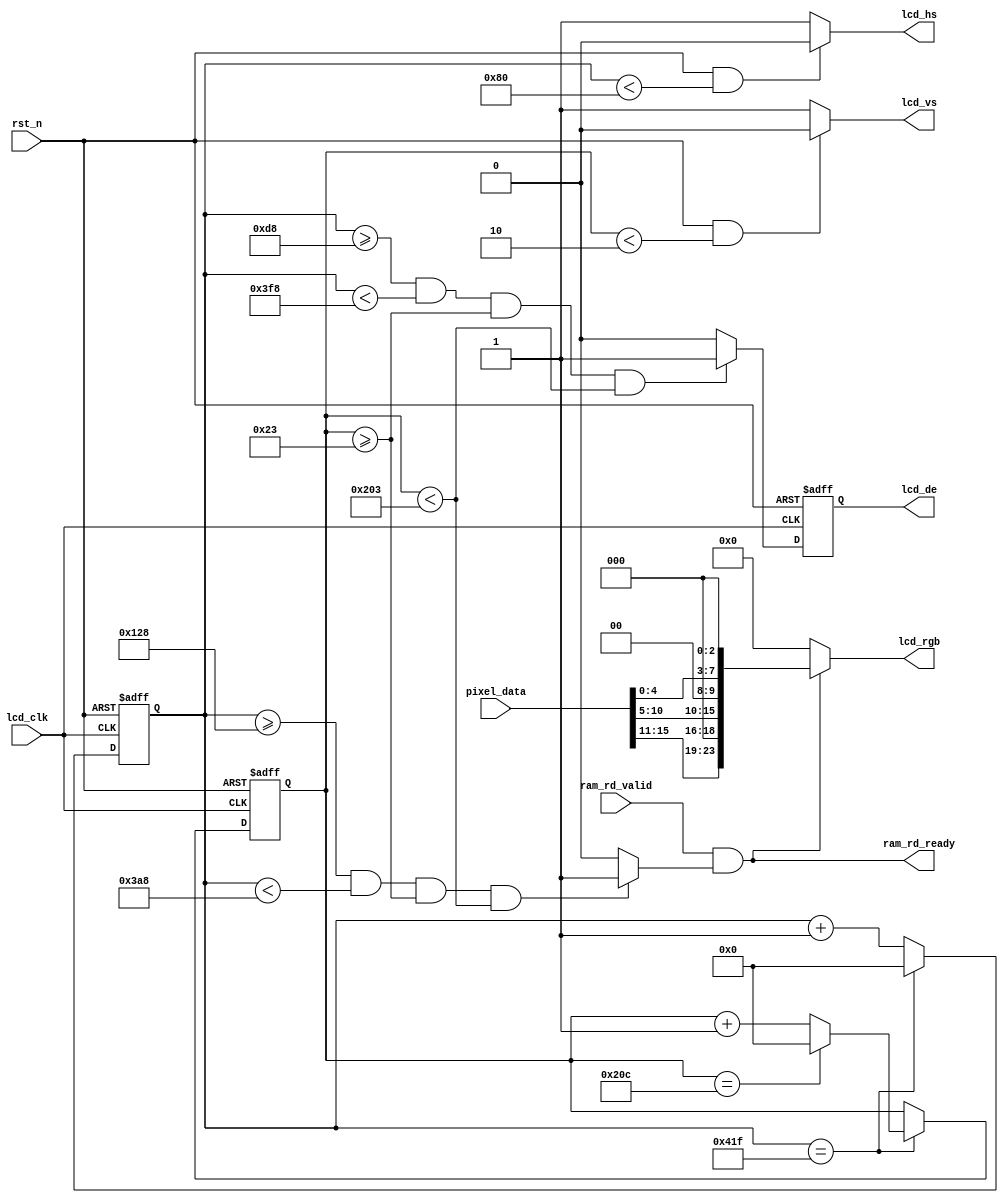
module lcd_driver (
    input               lcd_clk,
    input               rst_n,

    input               ram_rd_valid,
    output              ram_rd_ready,
    input       [15:0]  pixel_data,
    output              lcd_hs,
    output              lcd_vs,
    output  reg         lcd_de,
    output      [23:0]  lcd_rgb
);
// ATK4384 800*480, lcd_clk: 20MHz
// 1056 * 525 = 554_400 p_clk/frame
// 554_400 * 50ns/clk_period = 27_720_000ns/frame
// 1s / 27_720_000ns/frame = 36.075fps
parameter LinePeriod     = 11'd1056;
parameter H_SyncPulse    = 11'd128;
parameter H_BackPorch    = 11'd88;
parameter H_ActivePix    = 11'd800;
parameter H_FrontPorch   = 11'd40;
parameter Hde_start      = 11'd216;
parameter Hde_end        = 11'd1016;

parameter FramePeriod    = 11'd525;        
parameter V_SyncPulse    = 11'd2;         
parameter V_BackPorch    = 11'd33;            
parameter V_ActivePix    = 11'd480;        
parameter V_FrontPorch   = 11'd10;        
parameter Vde_start      = 11'd35;
parameter Vde_end        = 11'd515;

reg     [10:0]  x_cnt;
reg     [10:0]  y_cnt;
wire            lcd_en;
wire            lcd_req;
wire    [23:0]  lcd_rgb_o;

assign lcd_en = ((x_cnt >= Hde_start) && (x_cnt < Hde_end)
                && (y_cnt >= Vde_start) && (y_cnt < Vde_end))
                ? 1'b1: 1'b0;
assign lcd_req = ((x_cnt >= Hde_start + 11'd80) && (x_cnt < Hde_end - 11'd80)
                && (y_cnt >= Vde_start) && (y_cnt < Vde_end))
                ? 1'b1: 1'b0;
assign ram_rd_ready = ram_rd_valid && lcd_req;
assign lcd_rgb_o = {pixel_data[15:11], 3'd0, pixel_data[10:5], 2'd0, pixel_data[4:0], 3'd0};
assign lcd_rgb = ram_rd_ready? lcd_rgb_o: 0;

assign lcd_hs = ((rst_n == 1'b1) && (x_cnt < H_SyncPulse))? 1'b0: 1'b1;
assign lcd_vs = ((rst_n == 1'b1) && (y_cnt < V_SyncPulse))? 1'b0: 1'b1;

always @(posedge lcd_clk, negedge rst_n) begin
    if (~rst_n)
        lcd_de <= 0;
    else 
        lcd_de <= lcd_en;
end

always @(posedge lcd_clk, negedge rst_n) begin
    if (~rst_n) begin
        x_cnt <= 0;
        y_cnt <= 0;
    end
    else begin
        if (x_cnt == LinePeriod - 1'b1) begin
            x_cnt <= 0;
            if (y_cnt == FramePeriod - 1'b1) 
                y_cnt <= 0;
            else
                y_cnt <= y_cnt + 1'b1;
        end
        else
            x_cnt <= x_cnt + 1'b1;
    end
end

endmodule //lcd_driver